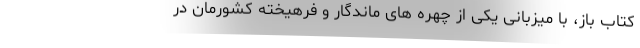
کتاب باز، با میزبانی یکی از چهره های ماندگار و فرهیخته کشورمان در